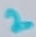
Text: 2